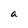
Character: a